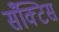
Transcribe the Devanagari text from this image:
सँक्टिस